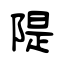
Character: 隄